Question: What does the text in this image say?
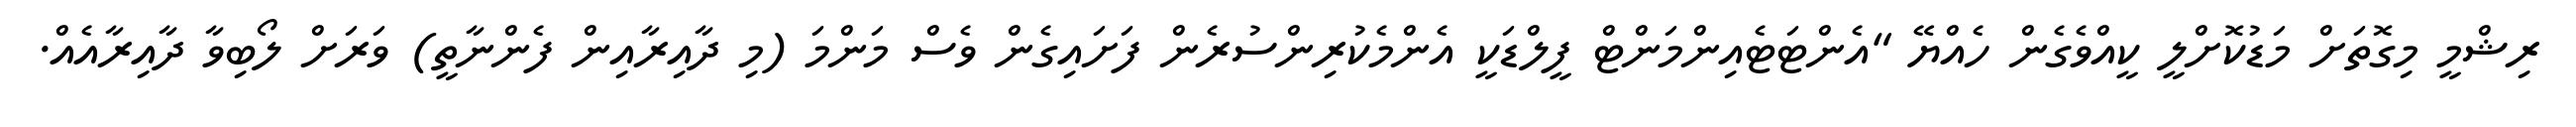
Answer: ރިޝްމީ މިގޮތަށް މަޑުކޮށްލީ ކީއްވެގެން ހެއްޔޭ "އެންޓަޓެއިންމަންޓް ފީލްޑަކީ އެންމެކުރިންސުރެން ފަށައިގެން ވެސް މަންމަ (މި ދާއިރާއިން ފެންނާތީ) ވަރަށް ލޯބިވާ ދާއިރާއެއް.